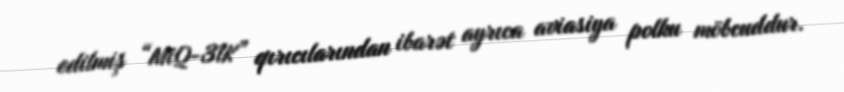
edilmiş “MiQ-31K” qırıcılarından ibarət ayrıca aviasiya polku möbcuddur.